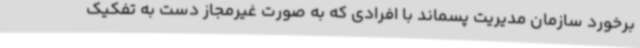
برخورد سازمان مدیریت پسماند با افرادی که به صورت غیرمجاز دست به تفکیک